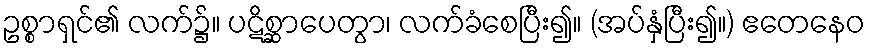
ဥစ္စာရှင်၏ လက်၌။ ပဋိစ္ဆာပေတွာ၊ လက်ခံစေပြီး၍။ (အပ်နှံပြီး၍။) ဧတေနေဝ